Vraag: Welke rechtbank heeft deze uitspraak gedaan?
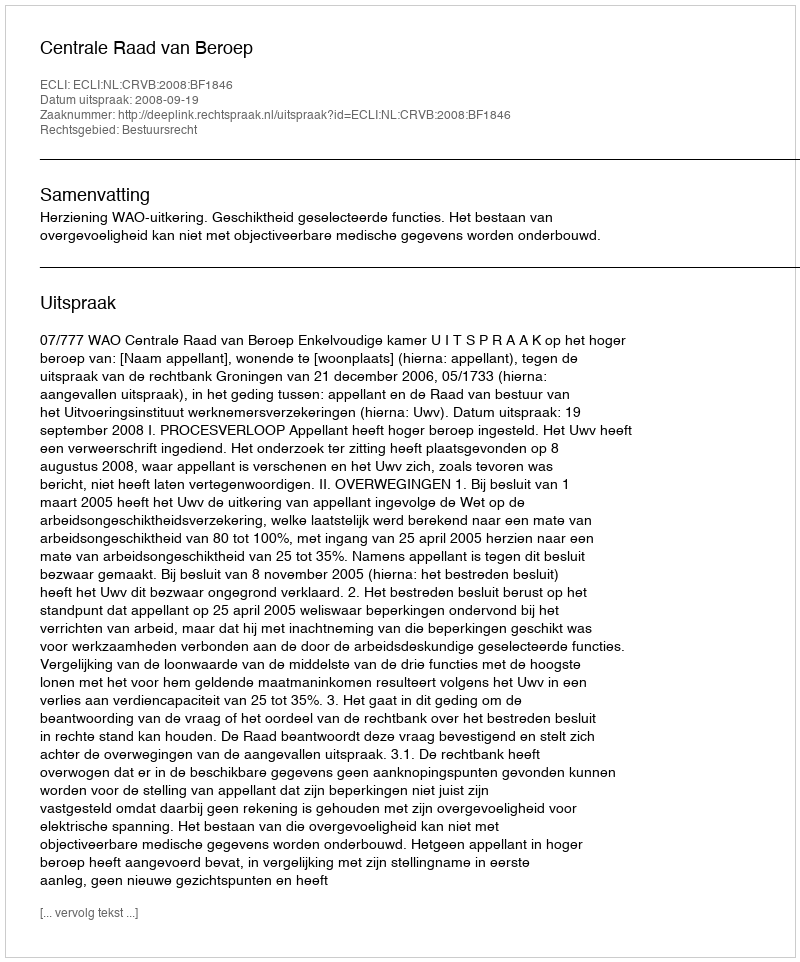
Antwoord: Centrale Raad van Beroep